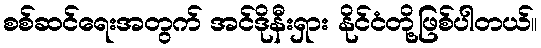
စစ်ဆင်ရေးအတွက် အင်ဒိုနီးရှား နိုင်ငံတို့ဖြစ်ပါတယ်။